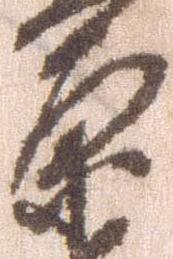
原